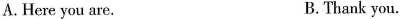
A.Here you are. B.Thank you.